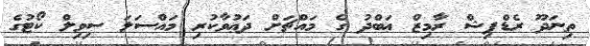
ތިނަދޫ ރެޑްފިޝް ރާމިޒް ޢަބްދު ގެ މައްޗަށް ދަޢުވާކުރި މައްސަލަ ސިވިލް ކޯޓުގެ